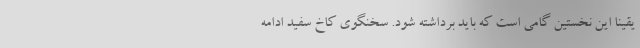
یقینا این نخستین گامی است که باید برداشته شود. سخنگوی کاخ سفید ادامه